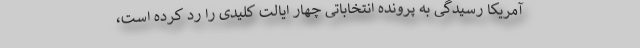
آمریکا رسیدگی به پرونده انتخاباتی چهار ایالت کلیدی را رد کرده است،